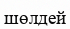
шөлдей